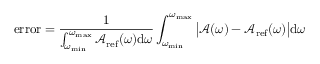
\mathrm { e r r o r } = \frac { 1 } { \int _ { \omega _ { \mathrm { m i n } } } ^ { \omega _ { \mathrm { m a x } } } \mathcal { A } _ { \mathrm { r e f } } ( \omega ) \mathrm { d } \omega } \int _ { \omega _ { \mathrm { m i n } } } ^ { \omega _ { \mathrm { m a x } } } \big | \mathcal { A } ( \omega ) - \mathcal { A } _ { \mathrm { r e f } } ( \omega ) \big | \mathrm { d } \omega